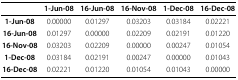
|  | 1-Jun-08 | 16-Jun-08 | 16-Nov-08 | 1-Dec-08 | 16-Dec-08 |
 | --- | --- | --- | --- | --- | --- |
 | 1-Jun-08 | 0.00000 | 0.01297 | 0.03203 | 0.03184 | 0.02221 |
 | 16-Jun-08 | 0.01297 | 0.00000 | 0.02209 | 0.02191 | 0.01220 |
 | 16-Nov-08 | 0.03203 | 0.02209 | 0.00000 | 0.00247 | 0.01054 |
 | 1-Dec-08 | 0.03184 | 0.02191 | 0.00247 | 0.00000 | 0.01043 |
 | 16-Dec-08 | 0.02221 | 0.01220 | 0.01054 | 0.01043 | 0.00000 |